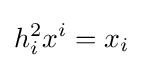
h_{i}^{2}x^{i}=x_{i}